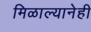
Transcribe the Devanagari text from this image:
मिळाल्यानेही